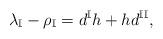
LaTeX: \begin{align*}\lambda_\mathbb{I}-\rho_{\mathbb{I}}=d^{\mathbb{I}} h+ h d^{\mathbb{II}}, \end{align*}